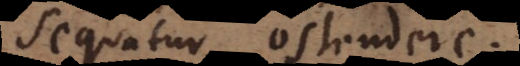
sequatur ostendere.